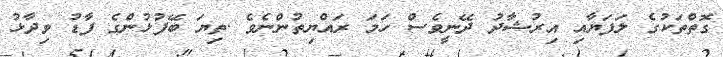
ގޮތްތަކުގެ ލަފަޔާއި އިރުޝާދު ދޭނީވެސް ހަމަ ރައްޔިތުންނެވެ .ތިޔަ ބޭފުޅުންގެ ފާޑު ވިދާޅު